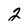
Character: 2